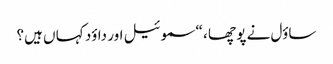
ساؤل نے پو چھا ، “سموئیل اور داؤد کہا ں ہیں؟